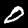
Digit: 0